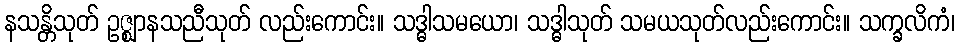
နသန္တိသုတ် ဥဇ္ဈာနသညီသုတ် လည်းကောင်း။ သဒ္ဓါသမယော၊ သဒ္ဓါသုတ် သမယသုတ်လည်းကောင်း။ သက္ခလိကံ၊